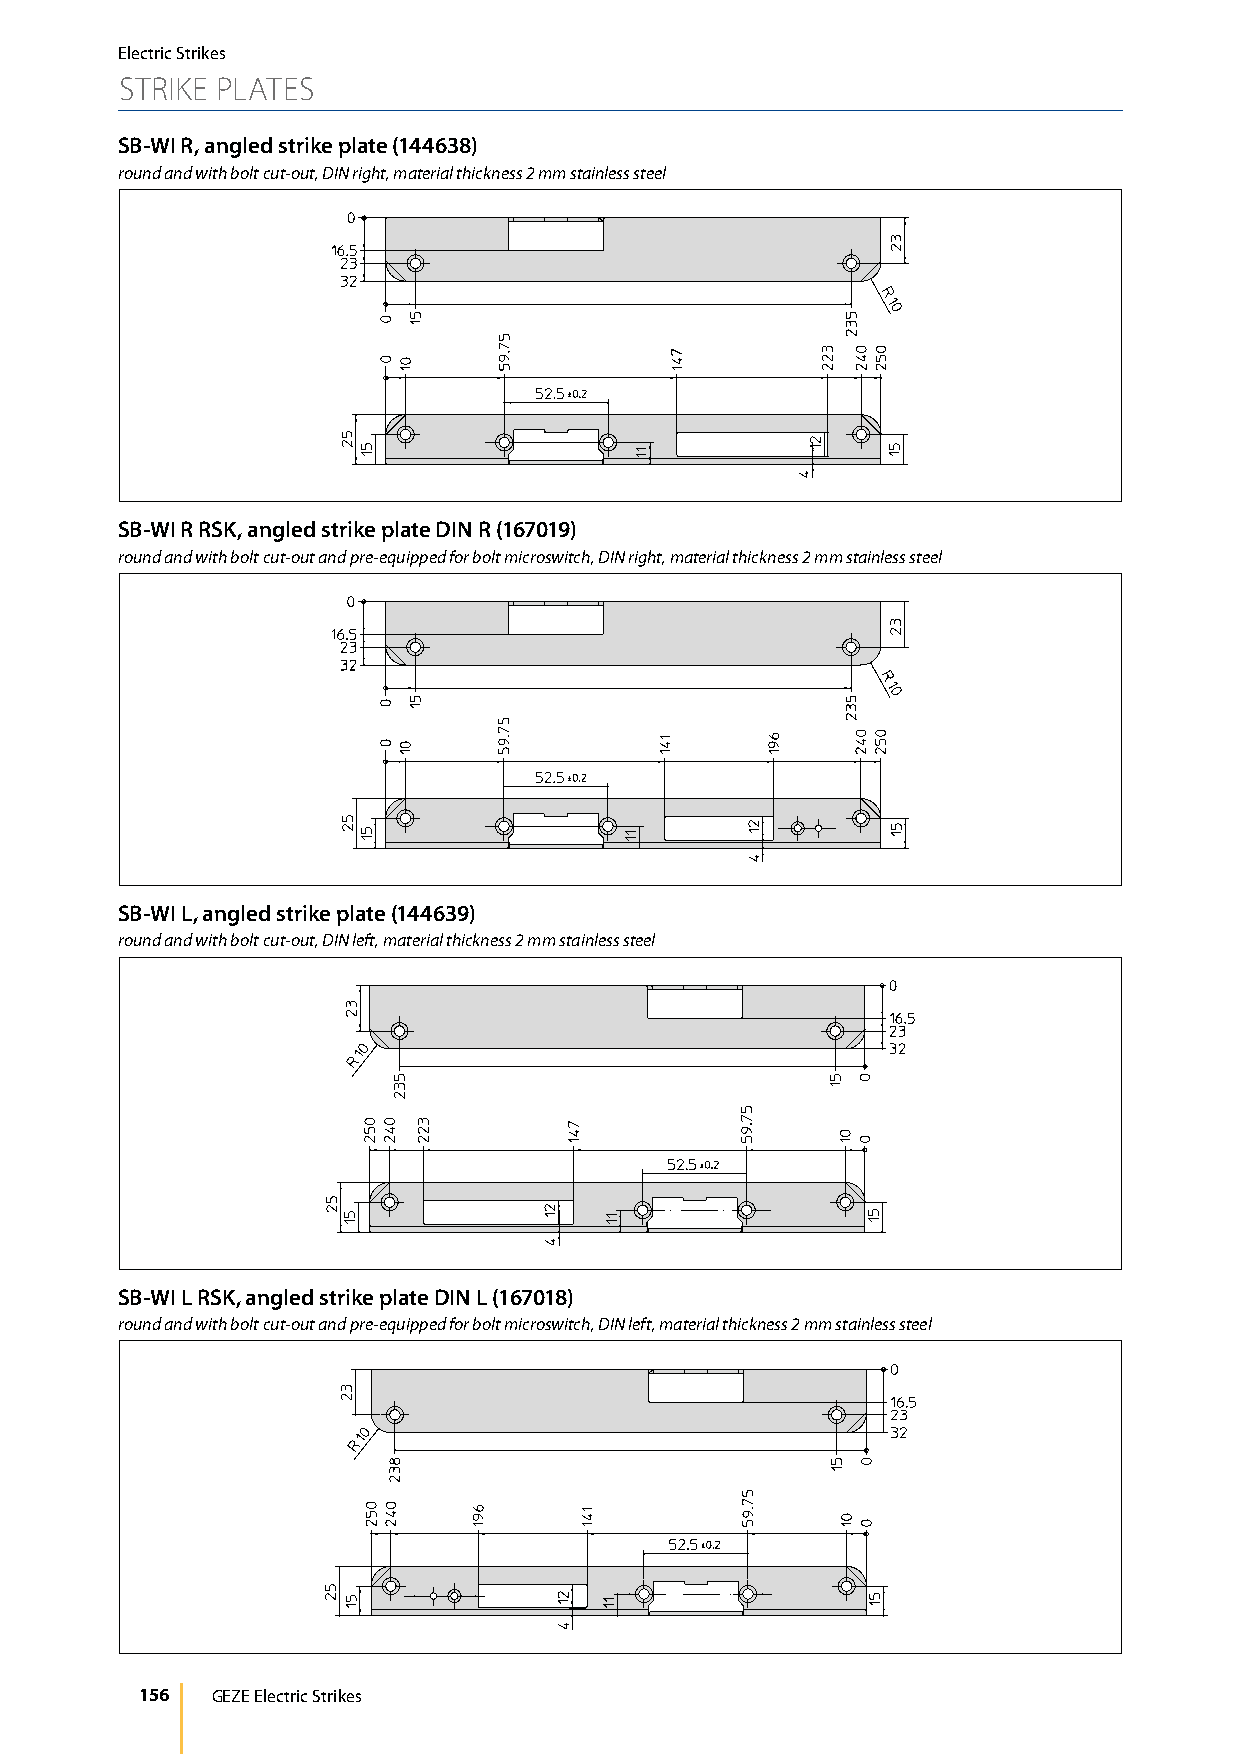
Electric Strikes
 STRIKE PLATES
 SB-WI R, angled strike plate (144638)
 round and with bolt cut-out, DIN right, material thickness 2 mm stainless steel
 SB-WI R RSK, angled strike plate DIN R (167019)
 round and with bolt cut-out and pre-equipped for bolt microswitch, DIN right, material thickness 2 mm stainless steel
 SB-WI L, angled strike plate (144639)
 round and with bolt cut-out, DIN left, material thickness 2 mm stainless steel
 SB-WI L RSK, angled strike plate DIN L (167018)
 round and with bolt cut-out and pre-equipped for bolt microswitch, DIN left, material thickness 2 mm stainless steel
 156  GEZE Electric Strikes